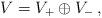
LaTeX: \begin{align*} V=V_+\oplus V_-\,,\end{align*}